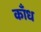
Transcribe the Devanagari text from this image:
काँध